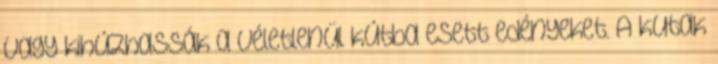
vagy kihúzhassák a véletlenül kútba esett edényeket. A kutak